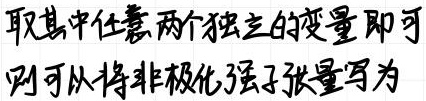
取其中任意两个独立的变量即可
则可以将非极化强子张量写为